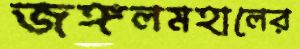
জঙ্গলমহালের